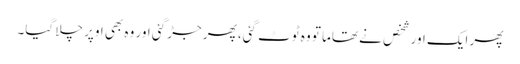
پھر ایک اور شخص نے تھاما تو وہ ٹوٹ گئی، پھر جڑ گئی اور وہ بھی اوپر چلا گیا۔